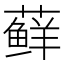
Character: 藓